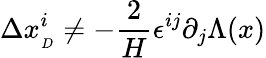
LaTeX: \Delta x_{_{D}}^{i}\neq-\frac{2}{H}\epsilon^{ij}\partial_{j}\Lambda(x)